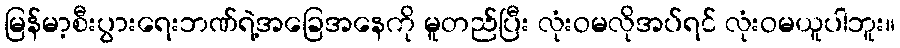
မြန်မာ့စီးပွားရေးဘဏ်ရဲ့အခြေအနေကို မူတည်ပြီး လုံးဝမလိုအပ်ရင် လုံးဝမယူပါဘူး။